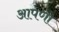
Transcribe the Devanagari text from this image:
आपणो